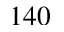
1 4 0